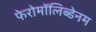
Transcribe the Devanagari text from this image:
फेरोमॉलिब्डेनम